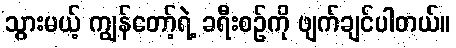
သွားမယ့် ကျွန်တော့်ရဲ့ ခရီးစဉ်ကို ဖျက်ချင်ပါတယ်။